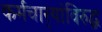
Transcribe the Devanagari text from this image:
कर्मचार्‍यांविरुद्ध